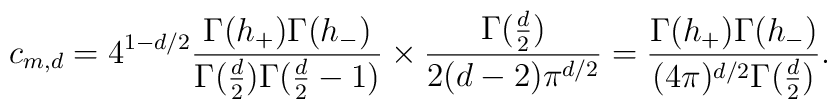
c_{m,d} = 4^{1 - d/2}\frac{\Gamma(h_+) \Gamma(h_-)}{ \Gamma(\frac{d}{2}) \Gamma(\frac{d}{2}-1)} \times \frac{\Gamma(\frac{d}{2})}{ 2(d-2) \pi^{d/2}}=  \frac{\Gamma(h_+) \Gamma(h_-)}{(4 \pi)^{d/2} \Gamma(\frac{d}{2})}.